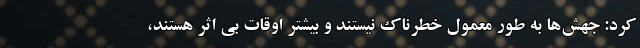
کرد: جهش‌ها به طور معمول خطرناک نیستند و بیشتر اوقات بی اثر هستند،